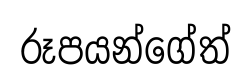
රූපයන්ගේත්